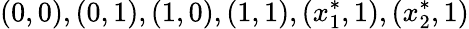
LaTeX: (0,0),(0,1),(1,0),(1,1),(x_{1}^{*},1),(x_{2}^{*},1)